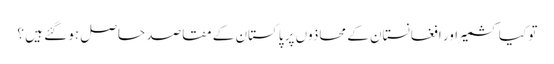
تو کیا کشمیر اور افغانستان کے محاذوں پر پاکستان کے مقاصد حاصل ہو گئے ہیں ؟